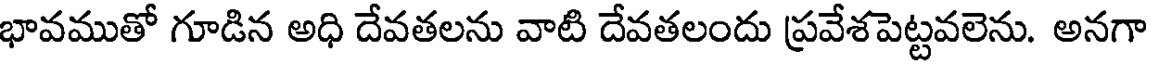
భావముతో గూడిన అధి దేవతలను వాటి దేవతలందు ప్రవేశపెట్టవలెను. అనగా